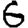
Digit: 6